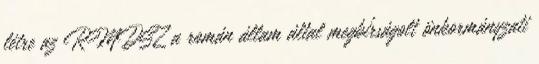
létre az RMDSZ a román állam által megbírságolt önkormányzati